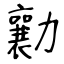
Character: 勷